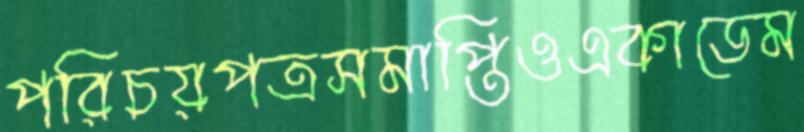
পরিচয়পত্রসমাপ্তিওএকাডেম